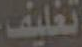
تغليف